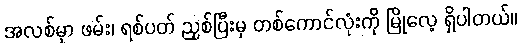
အလစ်မှာ ဖမ်း၊ ရစ်ပတ် ညှစ်ပြီးမှ တစ်ကောင်လုံးကို မြိုလေ့ ရှိပါတယ်။